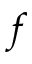
f